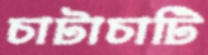
চাটাচাটি